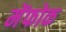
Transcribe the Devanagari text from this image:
मेंफोक